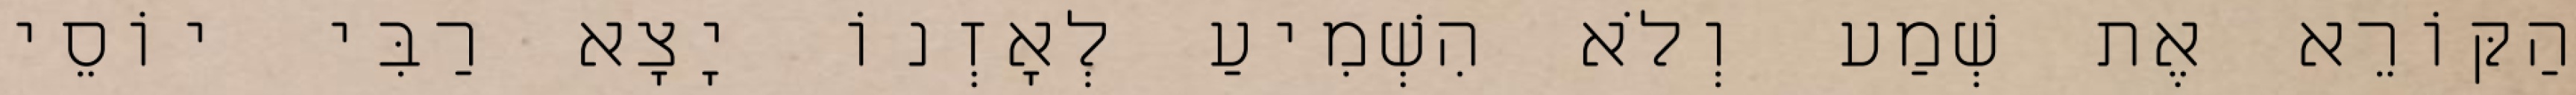
הַקּוֹרֵא אֶת שְׁמַע וְלֹא הִשְׁמִיעַ לְאָזְנוֹ יָצָא רַבִּי יוֹסֵי